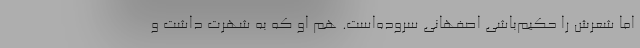
اما شعرش را حکیم‌باشی اصفهانی سروده‌است. هم او که به شهرت داشت و